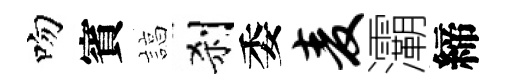
吻賓諄刹委麦灞締